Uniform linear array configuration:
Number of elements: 12
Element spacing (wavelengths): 0.5
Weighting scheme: uniform
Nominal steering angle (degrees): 45
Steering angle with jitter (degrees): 43.657
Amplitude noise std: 0.05
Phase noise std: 0.05

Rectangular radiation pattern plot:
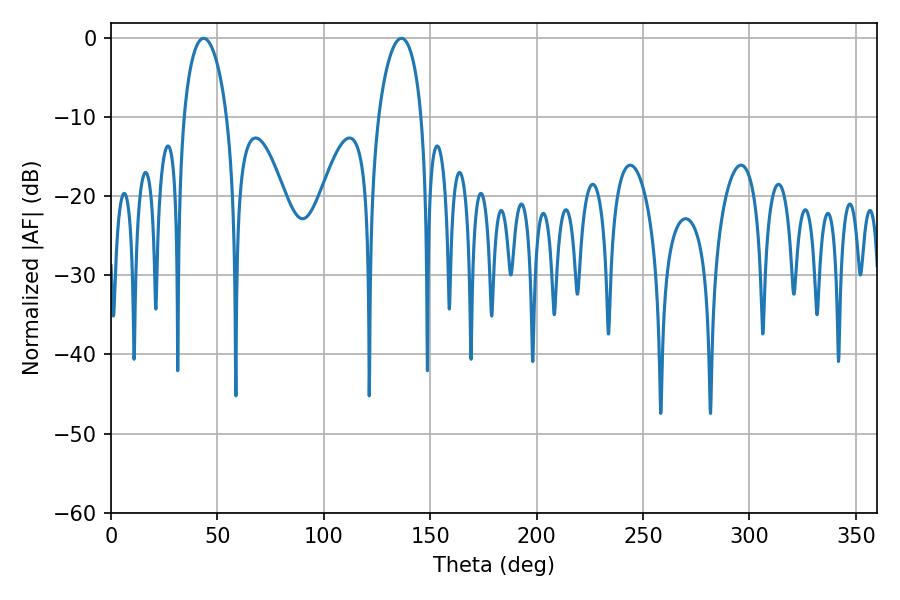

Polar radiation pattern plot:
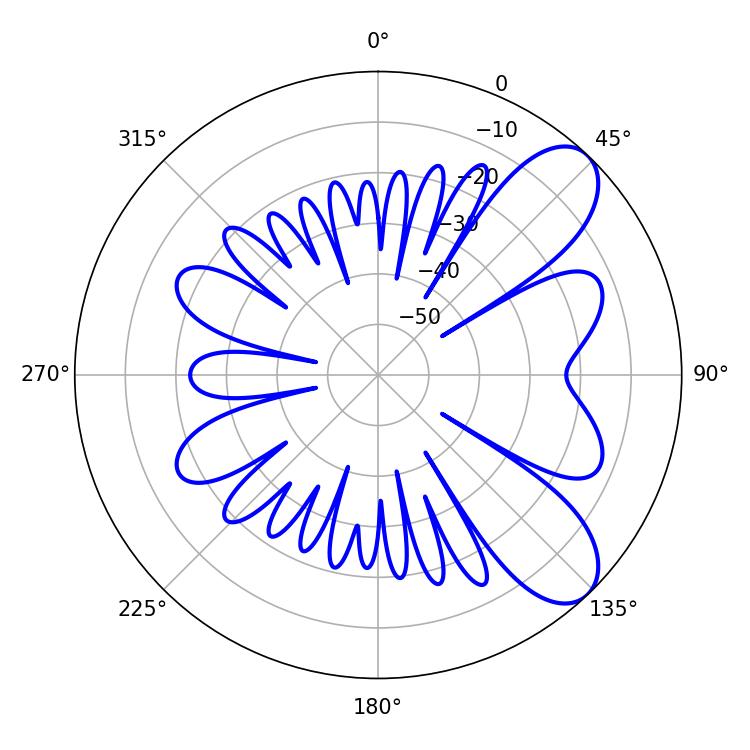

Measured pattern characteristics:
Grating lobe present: FALSE
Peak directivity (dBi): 8.124
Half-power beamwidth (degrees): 11.7
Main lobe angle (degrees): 43.56